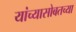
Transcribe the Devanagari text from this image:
यांच्यासोबतच्या